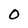
Character: 0